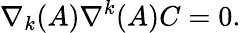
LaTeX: \nabla_{k}(A)\nabla^{k}(A)C=0.